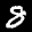
Digit: 8